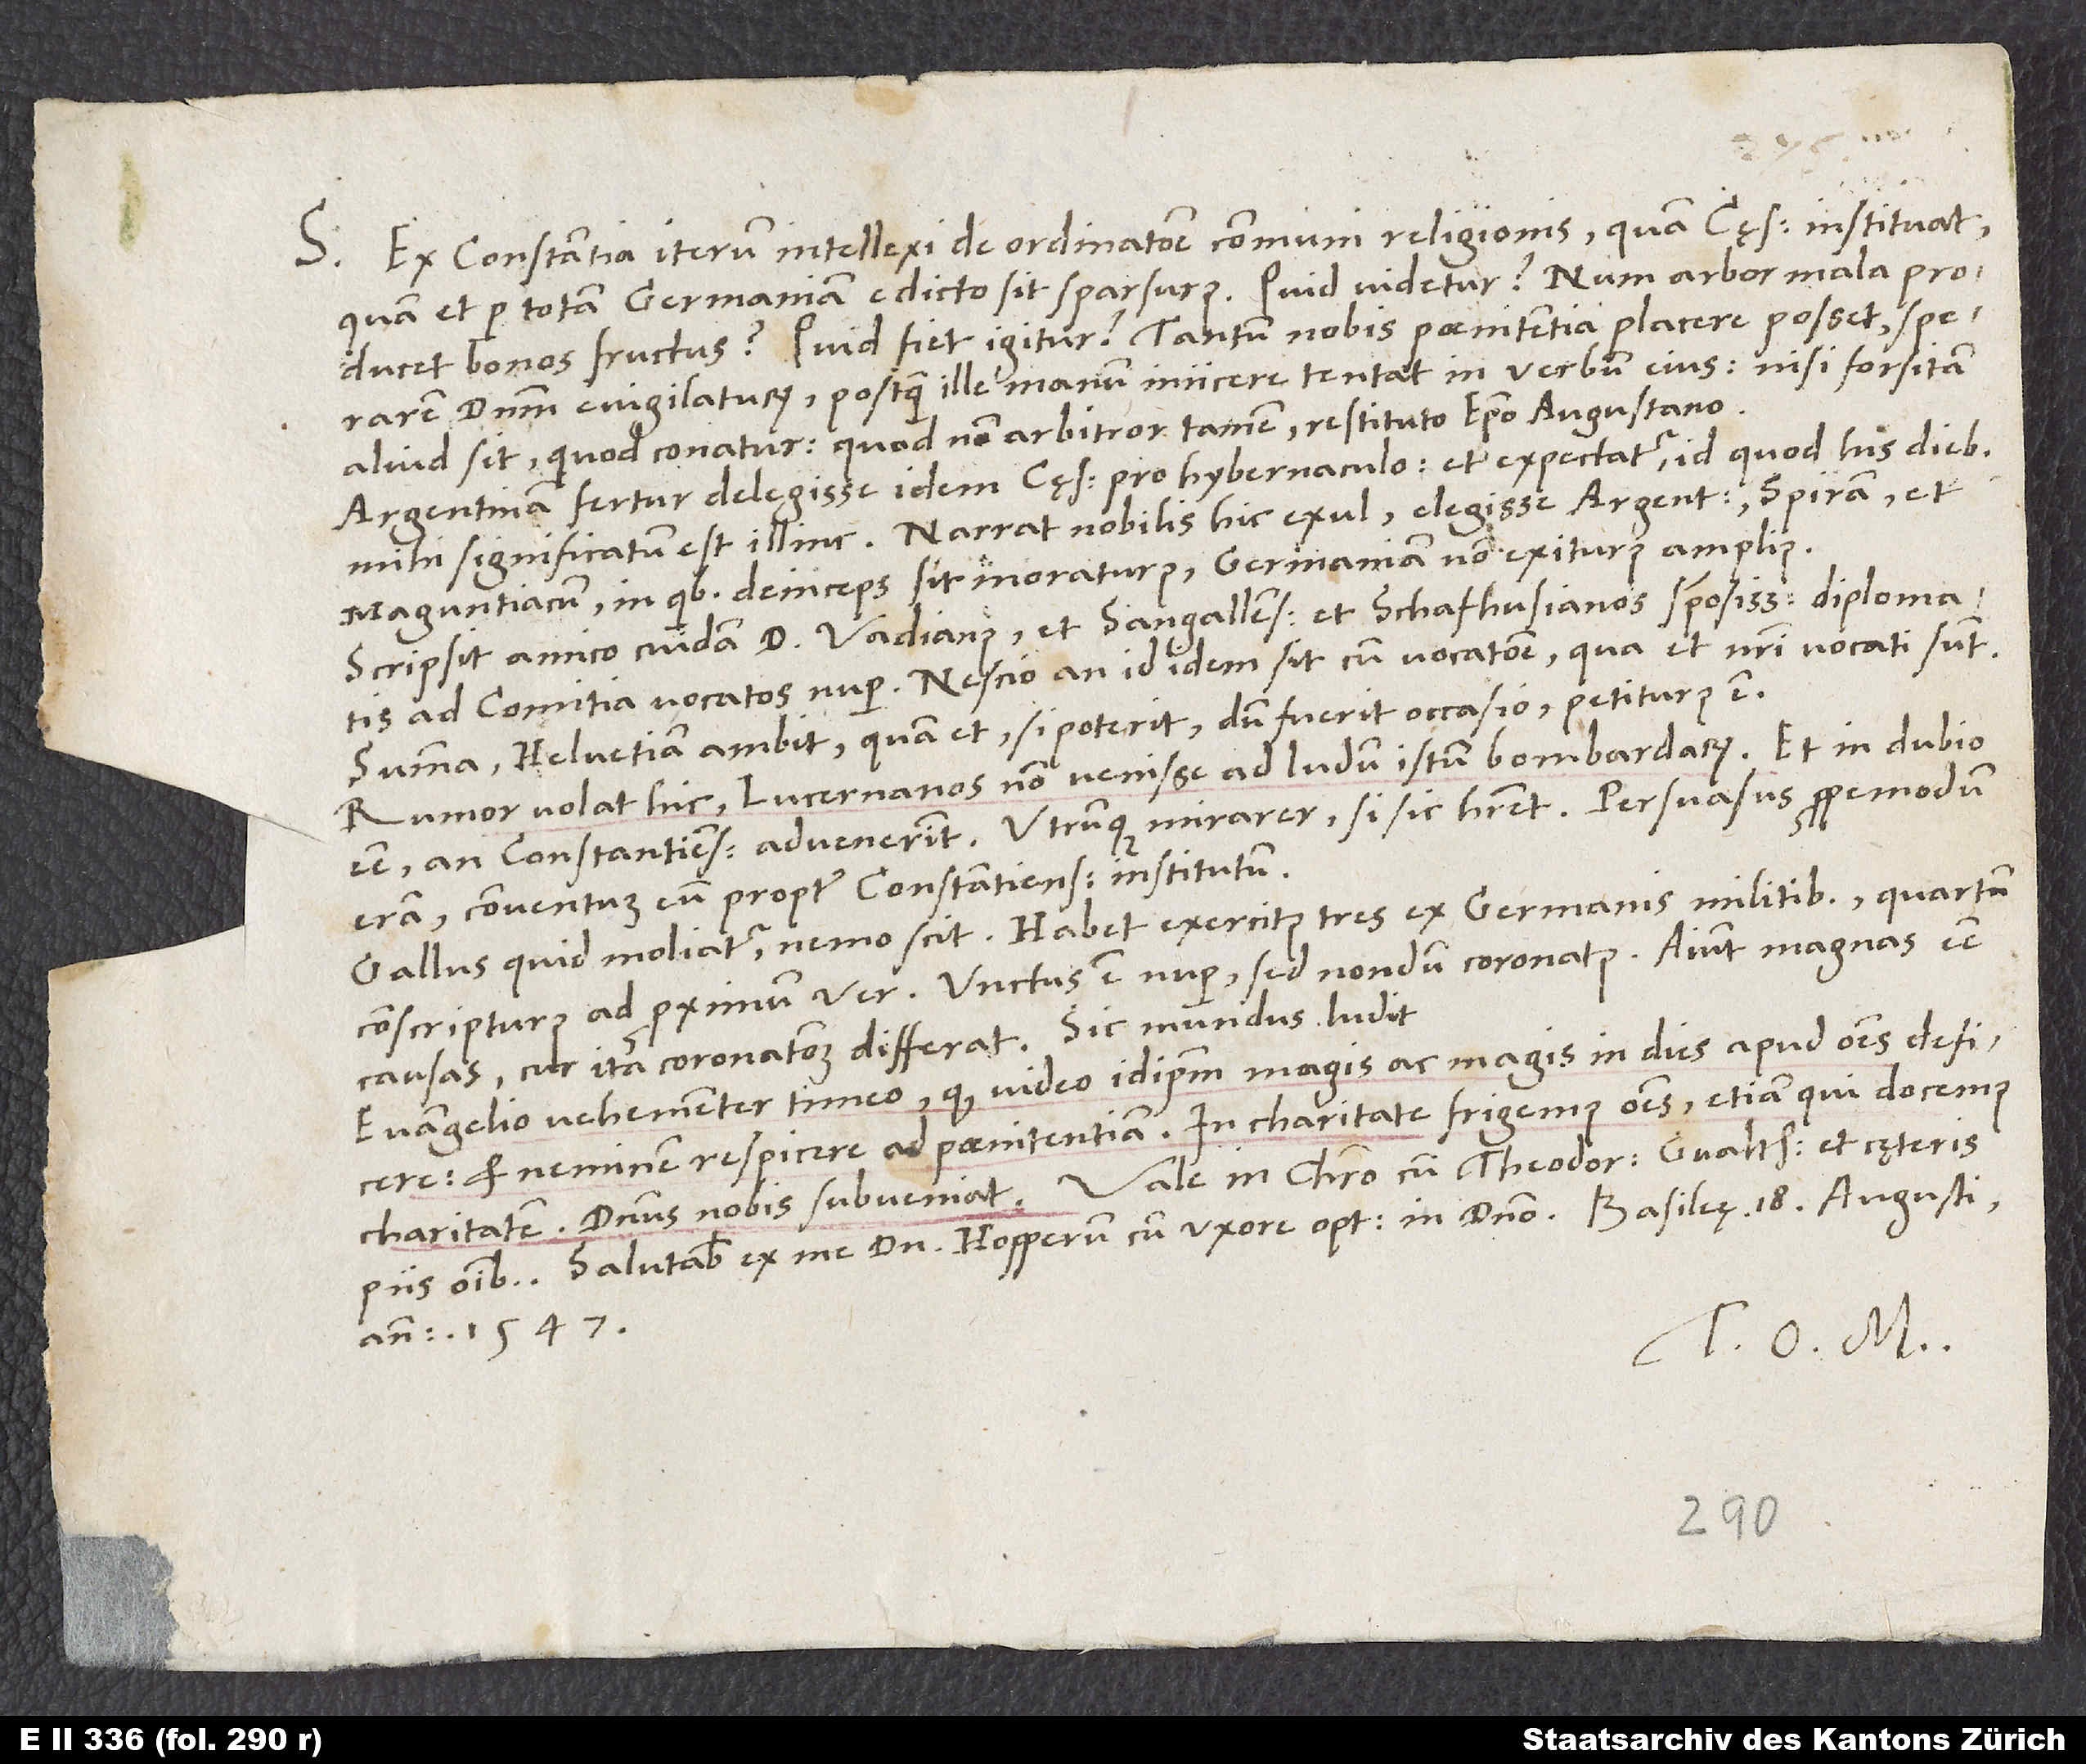
S. Ex Constantia iterum intellexi de ordinatione communi religionis, quam cęsar instituat,
quam et per totam Germaniam edicto sit sparsurus. Quid videtur? Num arbor mala producet
bonos fructus? Quid fiet igitur? Tantum nobis poenitentia placere posset. Sperarem
dominum evigilaturum, postquam ille manum iniicere tentat in verbum eius, nisi forsitan
aliud sit, quod conatur - quod non arbitror tamen restituto episcopo Augustano.
Argentinam fertur delegisse idem cęsar pro hybernaculo, et expectatur; id quod his diebus
mihi significatum est illinc. Narrat nobilis hic exul elegisse Argentinam, Spiram et
Maguntiacum, in quibus deinceps sit moraturus, Germaniam non exiturus amplius.
Scripsit amico cuidam d. Vadianus et Sangallenses et Schafhusianos speciosissimis diplomatis
ad comitia vocatos nuper. Nescio, an id idem sit cum vocatione, qua et nostri vocati sunt.
Summa: Helvetiam ambit, quam et, si poterit, dum fuerit occasio, petiturus est.
Rumor volat hic Lucernanos non venisse ad ludum istum bombardarum, et in dubio
esse, an Constantienses advenerint. Utrumque mirarer, si sic haberet. Persuasus propemodum
eram conventum eum propter Constantienses institutum.
Gallus quid moliatur, nemo scit. Habet exercitus tres ex Germanis militibus, quartum
conscripturus ad proximum ver. Unctus est nuper, sed nondum coronatus. Aiunt magnas esse
causas, cur istam coronationem differat. Sic mundus ludit.
Evangelio vehementer timeo, quod video idipsum magis ac magis in dies apud omnes deficere
et neminem respicere ad poenitentiam. In charitate frigemus omnes, etiam qui docemus
piis omnibus. Salutabis ex me dominum Hopperum cum uxore optima in domino. Basileę, 18. augusti
anno 1547.
Tuus O. M.